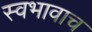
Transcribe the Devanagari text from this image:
स्वभावाच